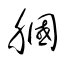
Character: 膕